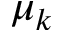
\mu _ { k }